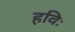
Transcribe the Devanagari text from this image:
हविः